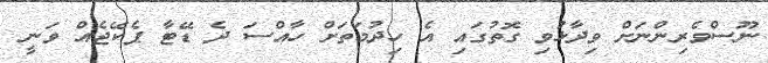
ނޫސްވެރިންނަށް ވިދާޅުވި ގޮތުގައި އެ ހިދުމަތަށް ހާއްސަ ދެ ޑޭޓާ ޕެކޭޖެއް ވަނީ